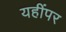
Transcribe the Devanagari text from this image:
यहींपर